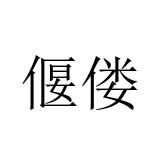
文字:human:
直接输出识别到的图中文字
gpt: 偃偻